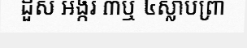
ដួស អង្ករ ៣ឬ ៤ស្លាបព្រា